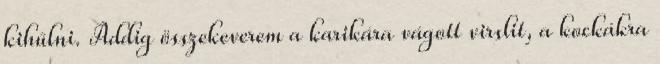
kihűlni. Addig összekeverem a karikára vágott virslit, a kockákra